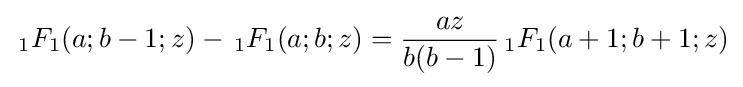
\,_{1}F_{1}(a;b-1;z)-\,_{1}F_{1}(a;b;z)={\frac {az}{b(b-1)}}\,_{1}F_{1}(a+1;b+1;z)